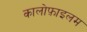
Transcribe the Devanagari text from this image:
कालोफ़ाइलम